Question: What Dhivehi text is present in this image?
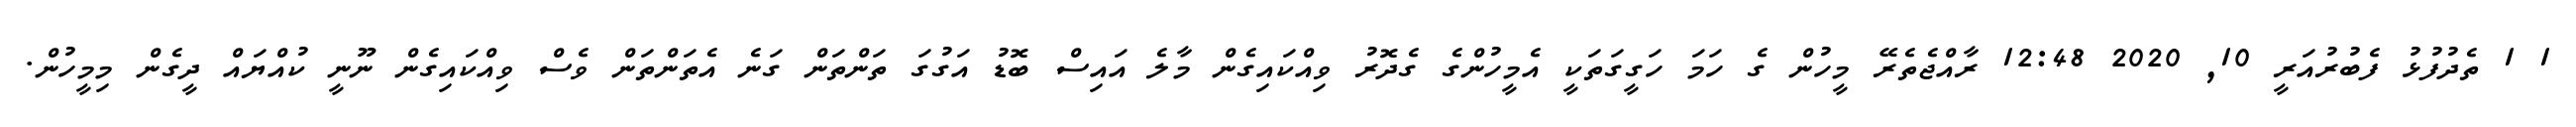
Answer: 1 1 ތެދުފުޅު ފެބުރުއަރީ 10, 2020 12:48 ރާއްޖެތެރޭ މީހުން ގެ ހަމަ ހަގީގަތަކީ އެމީހުންގެ ގެދޮރު ވިއްކައިގެން މާލެ އައިސް ބޮޑު އަގުގަ ތަންތަން ގަނެ އެތަންތަން ވެސް ވިއްކައިގެން ނޫނީ ކުއްޔައް ދީގެން މިމީހުން.